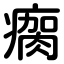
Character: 瘸